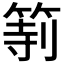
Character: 𥮻